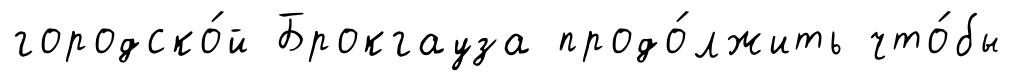
городско́й Брокгауза продо́лжить что́бы